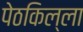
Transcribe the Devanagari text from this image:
पेठकिल्ला